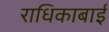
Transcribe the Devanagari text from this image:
राधिकाबाई